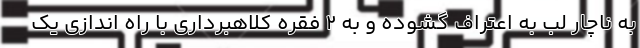
به ناچار لب به اعتراف گشوده و به ۲ فقره کلاهبرداری با راه اندازی یک